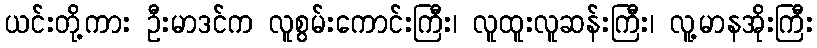
ယင်းတို့ကား ဦးမာဒင်က လူစွမ်းကောင်းကြီး၊ လူထူးလူဆန်းကြီး၊ လူ့မာနအိုးကြီး